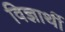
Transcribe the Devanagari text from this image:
विज्ञार्थी